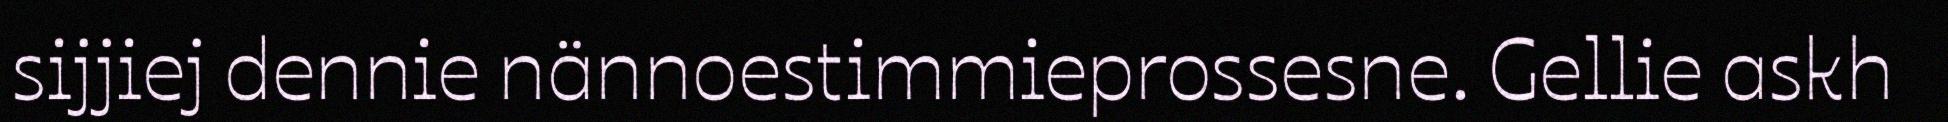
sijjiej dennie nännoestimmieprossesne. Gellie askh